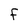
Character: F